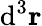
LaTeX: \mathrm{d}^{3}\mathbf{r}